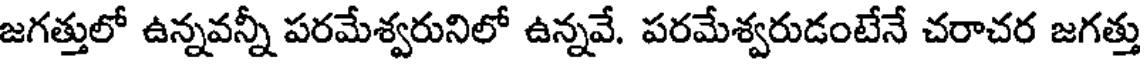
జగత్తులో ఉన్నవన్నీ పరమేశ్వరునిలో ఉన్నవే. పరమేశ్వరుడంటేనే చరాచర జగత్తు